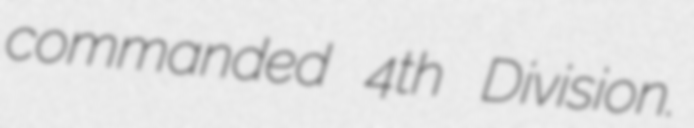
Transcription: commanded 4th Division.